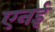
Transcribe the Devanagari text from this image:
एनई